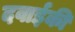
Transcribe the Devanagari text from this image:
दवाईकी